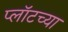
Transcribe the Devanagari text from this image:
प्लॉटच्या